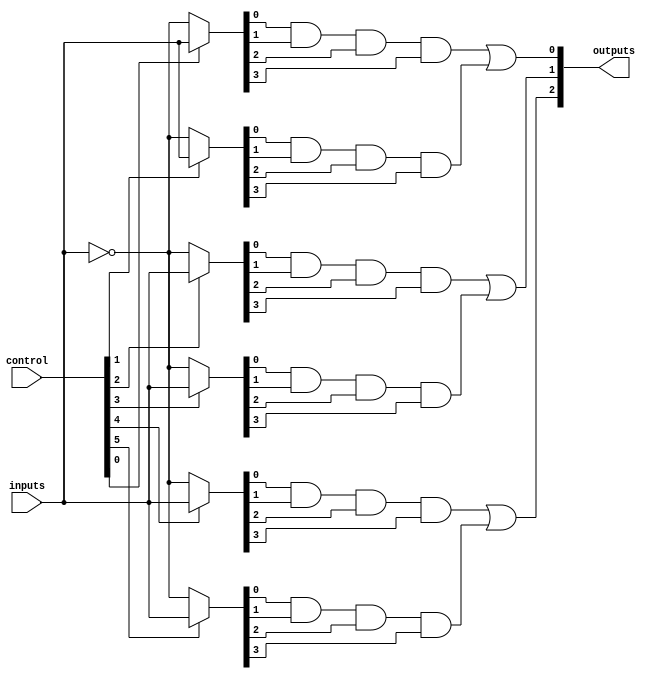
module FusedPAL (
    input wire [N-1:0] inputs,         // N input lines
    input wire [M-1:0] control,        // Control lines for programming AND gates
    output wire [P-1:0] outputs        // P output lines
);
    parameter N = 4;                   // Number of input lines
    parameter M = 8;                   // Number of AND gates
    parameter P = 3;                   // Number of output lines

    // Internal signals for AND gates
    wire [M-1:0] and_outputs;          // Outputs from the AND gates

    // Programmable AND array
    genvar i, j;
    generate
        for (i = 0; i < M; i = i + 1) begin : and_array
            wire [N-1:0] and_inputs;
            // Connect inputs based on control signals
            assign and_inputs = control[i] ? inputs : ~inputs; // Example control logic
            assign and_outputs[i] = and_inputs[0] & and_inputs[1] & and_inputs[2] & and_inputs[3]; // AND operation
        end
    endgenerate

    // Fused OR array
    wire [P-1:0] or_outputs; // Outputs from the OR gates
    assign or_outputs[0] = and_outputs[0] | and_outputs[1]; // Example OR logic
    assign or_outputs[1] = and_outputs[2] | and_outputs[3]; // Example OR logic
    assign or_outputs[2] = and_outputs[4] | and_outputs[5]; // Example OR logic

    // Assign final outputs
    assign outputs = or_outputs;

endmodule